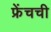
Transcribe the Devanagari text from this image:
फ्रेंचची